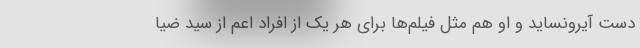
دست آیرونساید و او هم مثل فیلم‌ها برای هر یک از افراد اعم از سید ضیا